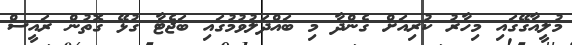
މުލީއާގޭގައި މިހާރު ކުރިއަށް ގެންދާ މި ބައްދަލުވުމުގައި ބަޖެޓާ ގުޅޭ ގޮތުން ރައީސް